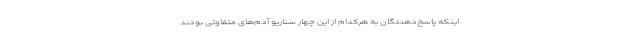
اینکه پاسخ‌دهندگان به هر‌کدام از این چهار سناریو آدم‌های متفاوتی بودند